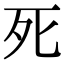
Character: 死